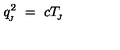
q _ { \! _ { J } } ^ { 2 } \ = \ c T _ { \! _ { J } }